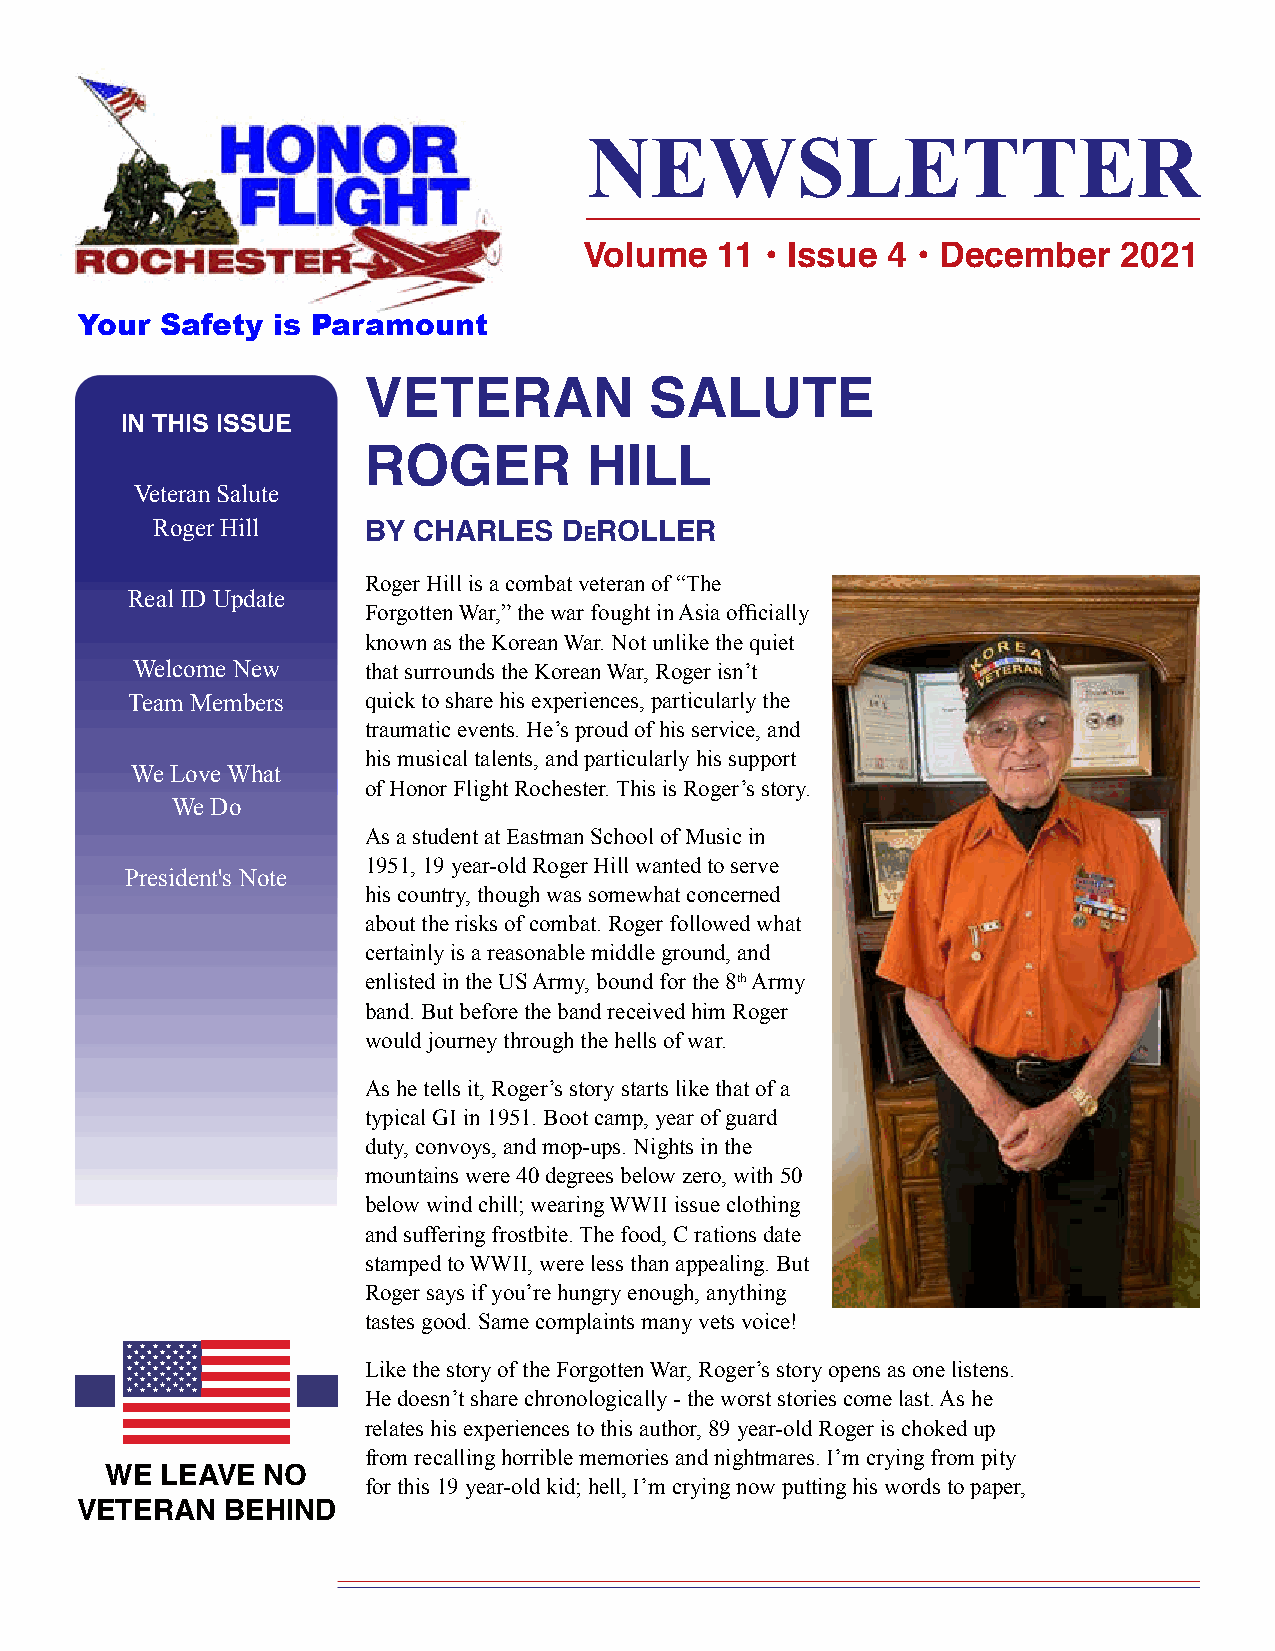
NEWSLETTER
 Volume   11 • Issue 4 • December   2021
 Your  Safety is Paramount
 VETERAN            SALUTE
 IN THIS ISSUE
 ROGER          HILL
 Veteran Salute
 Roger Hill
 BY CHARLES   DeROLLER
 Roger Hill is a combat veteran of “The
 Real ID Update
 Forgotten War,” the war fought in Asia officially
 known as the Korean War. Not unlike the quiet
 Welcome New    that surrounds the Korean War, Roger isn’t
 Team Members    quick to share his experiences, particularly the
 traumatic events. He’s proud of his service, and
 his musical talents, and particularly his support
 We Love What
 of Honor Flight Rochester. This is Roger’s story.
 We Do
 As a student at Eastman School of Music in
 1951, 19 year-old Roger Hill wanted to serve
 President's Note
 his country, though was somewhat concerned
 about the risks of combat. Roger followed what
 certainly is a reasonable middle ground, and
 enlisted in the US Army, bound for the 8th Army
 band. But before the band received him Roger
 would journey through the hells of war.
 As he tells it, Roger’s story starts like that of a
 typical GI in 1951. Boot camp, year of guard
 duty, convoys, and mop-ups. Nights in the
 mountains were 40 degrees below zero, with 50
 below wind chill; wearing WWII issue clothing
 and suffering frostbite. The food, C rations date
 stamped to WWII, were less than appealing. But
 Roger says if you’re hungry enough, anything
 tastes good. Same complaints many vets voice!
 Like the story of the Forgotten War, Roger’s story opens as one listens.
 He doesn’t share chronologically - the worst stories come last. As he
 relates his experiences to this author, 89 year-old Roger is choked up
 from recalling horrible memories and nightmares. I’m crying from pity
 WE  LEAVE NO
 for this 19 year-old kid; hell, I’m crying now putting his words to paper,
 VETERAN   BEHIND